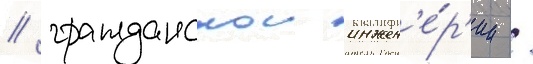
/ гражданскои инжен'е́р'ии /